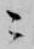
ニ